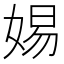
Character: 㛫